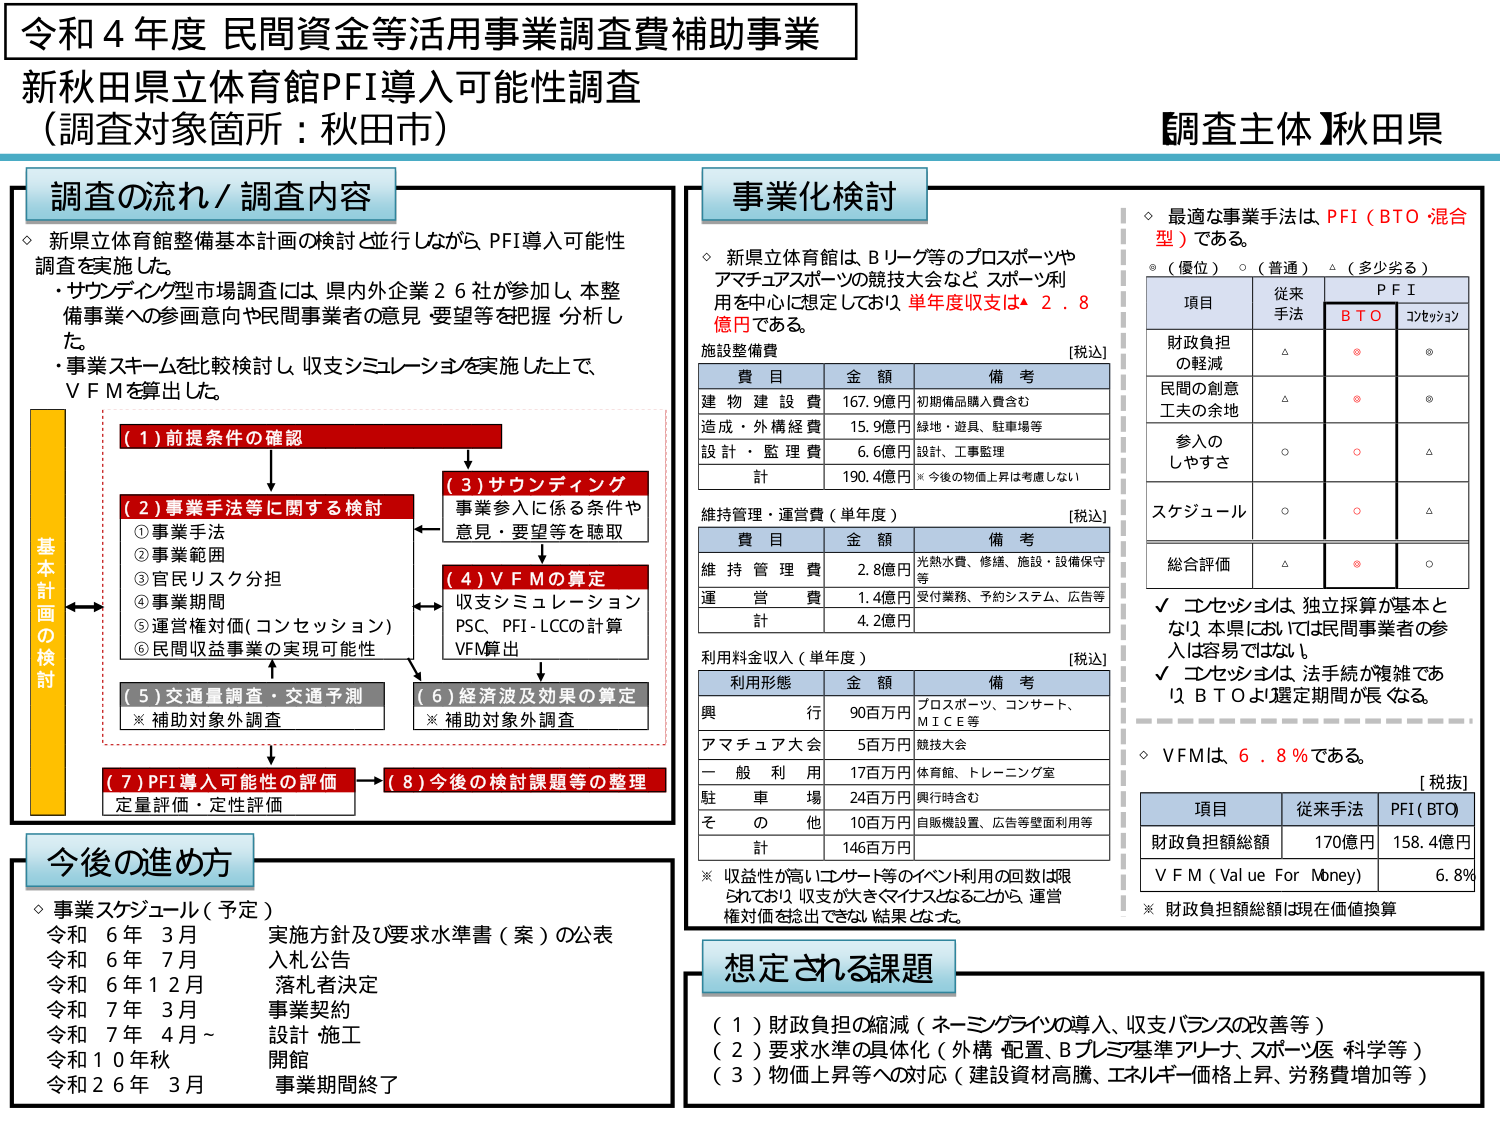
令和４年度 民間資金等活用事業調査費補助事業
新秋田県立体育館PFI導入可能性調査
（調査対象箇所：秋田市）

【調査主体】秋田県

調査の流れ／調査内容
◇ 新県立体育館整備基本計画の検討と並行しながら、PFI導入可能性調査を実施した。
・サウンディング型市場調査には、県内外企業２６社が参加し、本整備事業への参画意向や民間事業者の意見・要望等を把握・分析した。
・事業スキームを比較検討し、収支シミュレーションを実施した上で、VFMを算出した。

基本計画の検討
（１）前提条件の確認
↓
（２）事業手法等に関する検討
①事業手法
②事業範囲
③官民リスク分担
④事業期間
⑤運営権対価（コンセッション）
⑥民間収益事業の実現可能性
←→
（３）サウンディング
事業参入に係る条件や意見・要望等を聴取
↓
（４）VFMの算定
収支シミュレーション
PSC、PFI-LCCの計算
VFM算出
←→
（５）交通量調査・交通予測
※補助対象外調査
↓
（６）経済波及効果の算定
※補助対象外調査
↓
（７）PFI導入可能性の評価
定量評価・定性評価
→
（８）今後の検討課題等の整理

今後の進め方
◇ 事業スケジュール（予定）
令和６年３月 実施方針及び要求水準書（案）の公表
令和６年７月 入札公告
令和６年１２月 落札者決定
令和７年３月 事業契約
令和７年４月～ 設計・施工
令和１０年秋 開館
令和２６年３月 事業期間終了

事業化検討
◇ 新県立体育館は、Bリーグ等のプロスポーツやアマチュアスポーツの競技大会など、スポーツ利用を中心に想定しており、単年度収支は・２．８億円である。

施設整備費 [税込]
費目 金額 備考
建物建設費 167.9億円 初期備品購入費含む
造成・外構経費 15.9億円 緑地・遊具、駐車場等
設計・監理費 6.6億円 設計、工事監理
計 190.4億円 ※今後の物価上昇は考慮しない

維持管理・運営費（単年度） [税込]
費目 金額 備考
維持管理費 2.8億円 光熱水費、修繕、施設・設備保守等
運営費 1.4億円 受付業務、予約システム、広告等
計 4.2億円

利用料金収入（単年度） [税込]
利用形態 金額 備考
興行 90百万円 プロスポーツ、コンサート、MICE等
アマチュア大会 5百万円 競技大会
一般利用 17百万円 体育館、トレーニング室
駐車場 24百万円 興行時含む
その他 10百万円 自販機設置、広告等壁面利用等
計 146百万円

※ 収益性が高いイベント等の利用の回数は限られており、収支が大きくマイナスとなることから、運営権対価を捻出できない結果となった。

◇ 最適な事業手法は、PFI（BTO 混合型）である。
◎（優位） ○（普通） △（多少劣る）

項目 従来手法 PFI
　　　BTO コンセッション
財政負担の軽減 △ ◎ ◎
民間の創意工夫の余地 △ ◎ ◎
参入のしやすさ ○ ○ △
スケジュール ○ ○ △
総合評価 △ ◎ ○

✓ コンセッションは、独立採算が基本となり、本県においては民間事業者の参入は容易ではない。
✓ コンセッションは、法手续が複雑であり、BTOより選定期間が長くなる。

◇ VFMは、６．８％である。
[税抜]
項目 従来手法 PFI（BTO）
財政負担額総額 170億円 158.4億円
VFM（Value For Money） 6.8%
※ 財政負担額総額は現在価値換算

想定される課題
（１）財政負担の縮減（ネーミングライツの導入、収支バランスの改善等）
（２）要求水準の具体化（外構配置、Bプレミアム基準アリーナ、スポーツ医科学等）
（３）物価上昇等への対応（建設資材高騰、エネルギー価格上昇、労務費増加等）